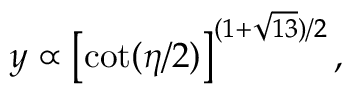
y \propto \left[ \cot ( \eta / 2 ) \right] ^ { ( 1 + \sqrt { 1 3 } ) / 2 } ,